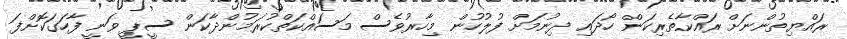
ރައްޔިތުންނަށް ރައްކާތެރިކަން ހޯދައި ދިނުމަށް ފުލުހުން މިހާރުވެސް މަސައްކަތްކުރަމުންދާކަން ސީޕީ ވަނީ ފާހަގަކޮށްފަ